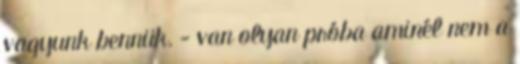
vagyunk bennük. - van olyan próba aminél nem a